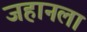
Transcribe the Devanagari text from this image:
जहानला